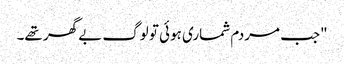
"جب مردم شماری ہوئی تو لوگ بے گھر تھے۔